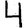
Digit: 4